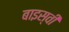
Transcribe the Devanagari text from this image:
बाइस्वीं